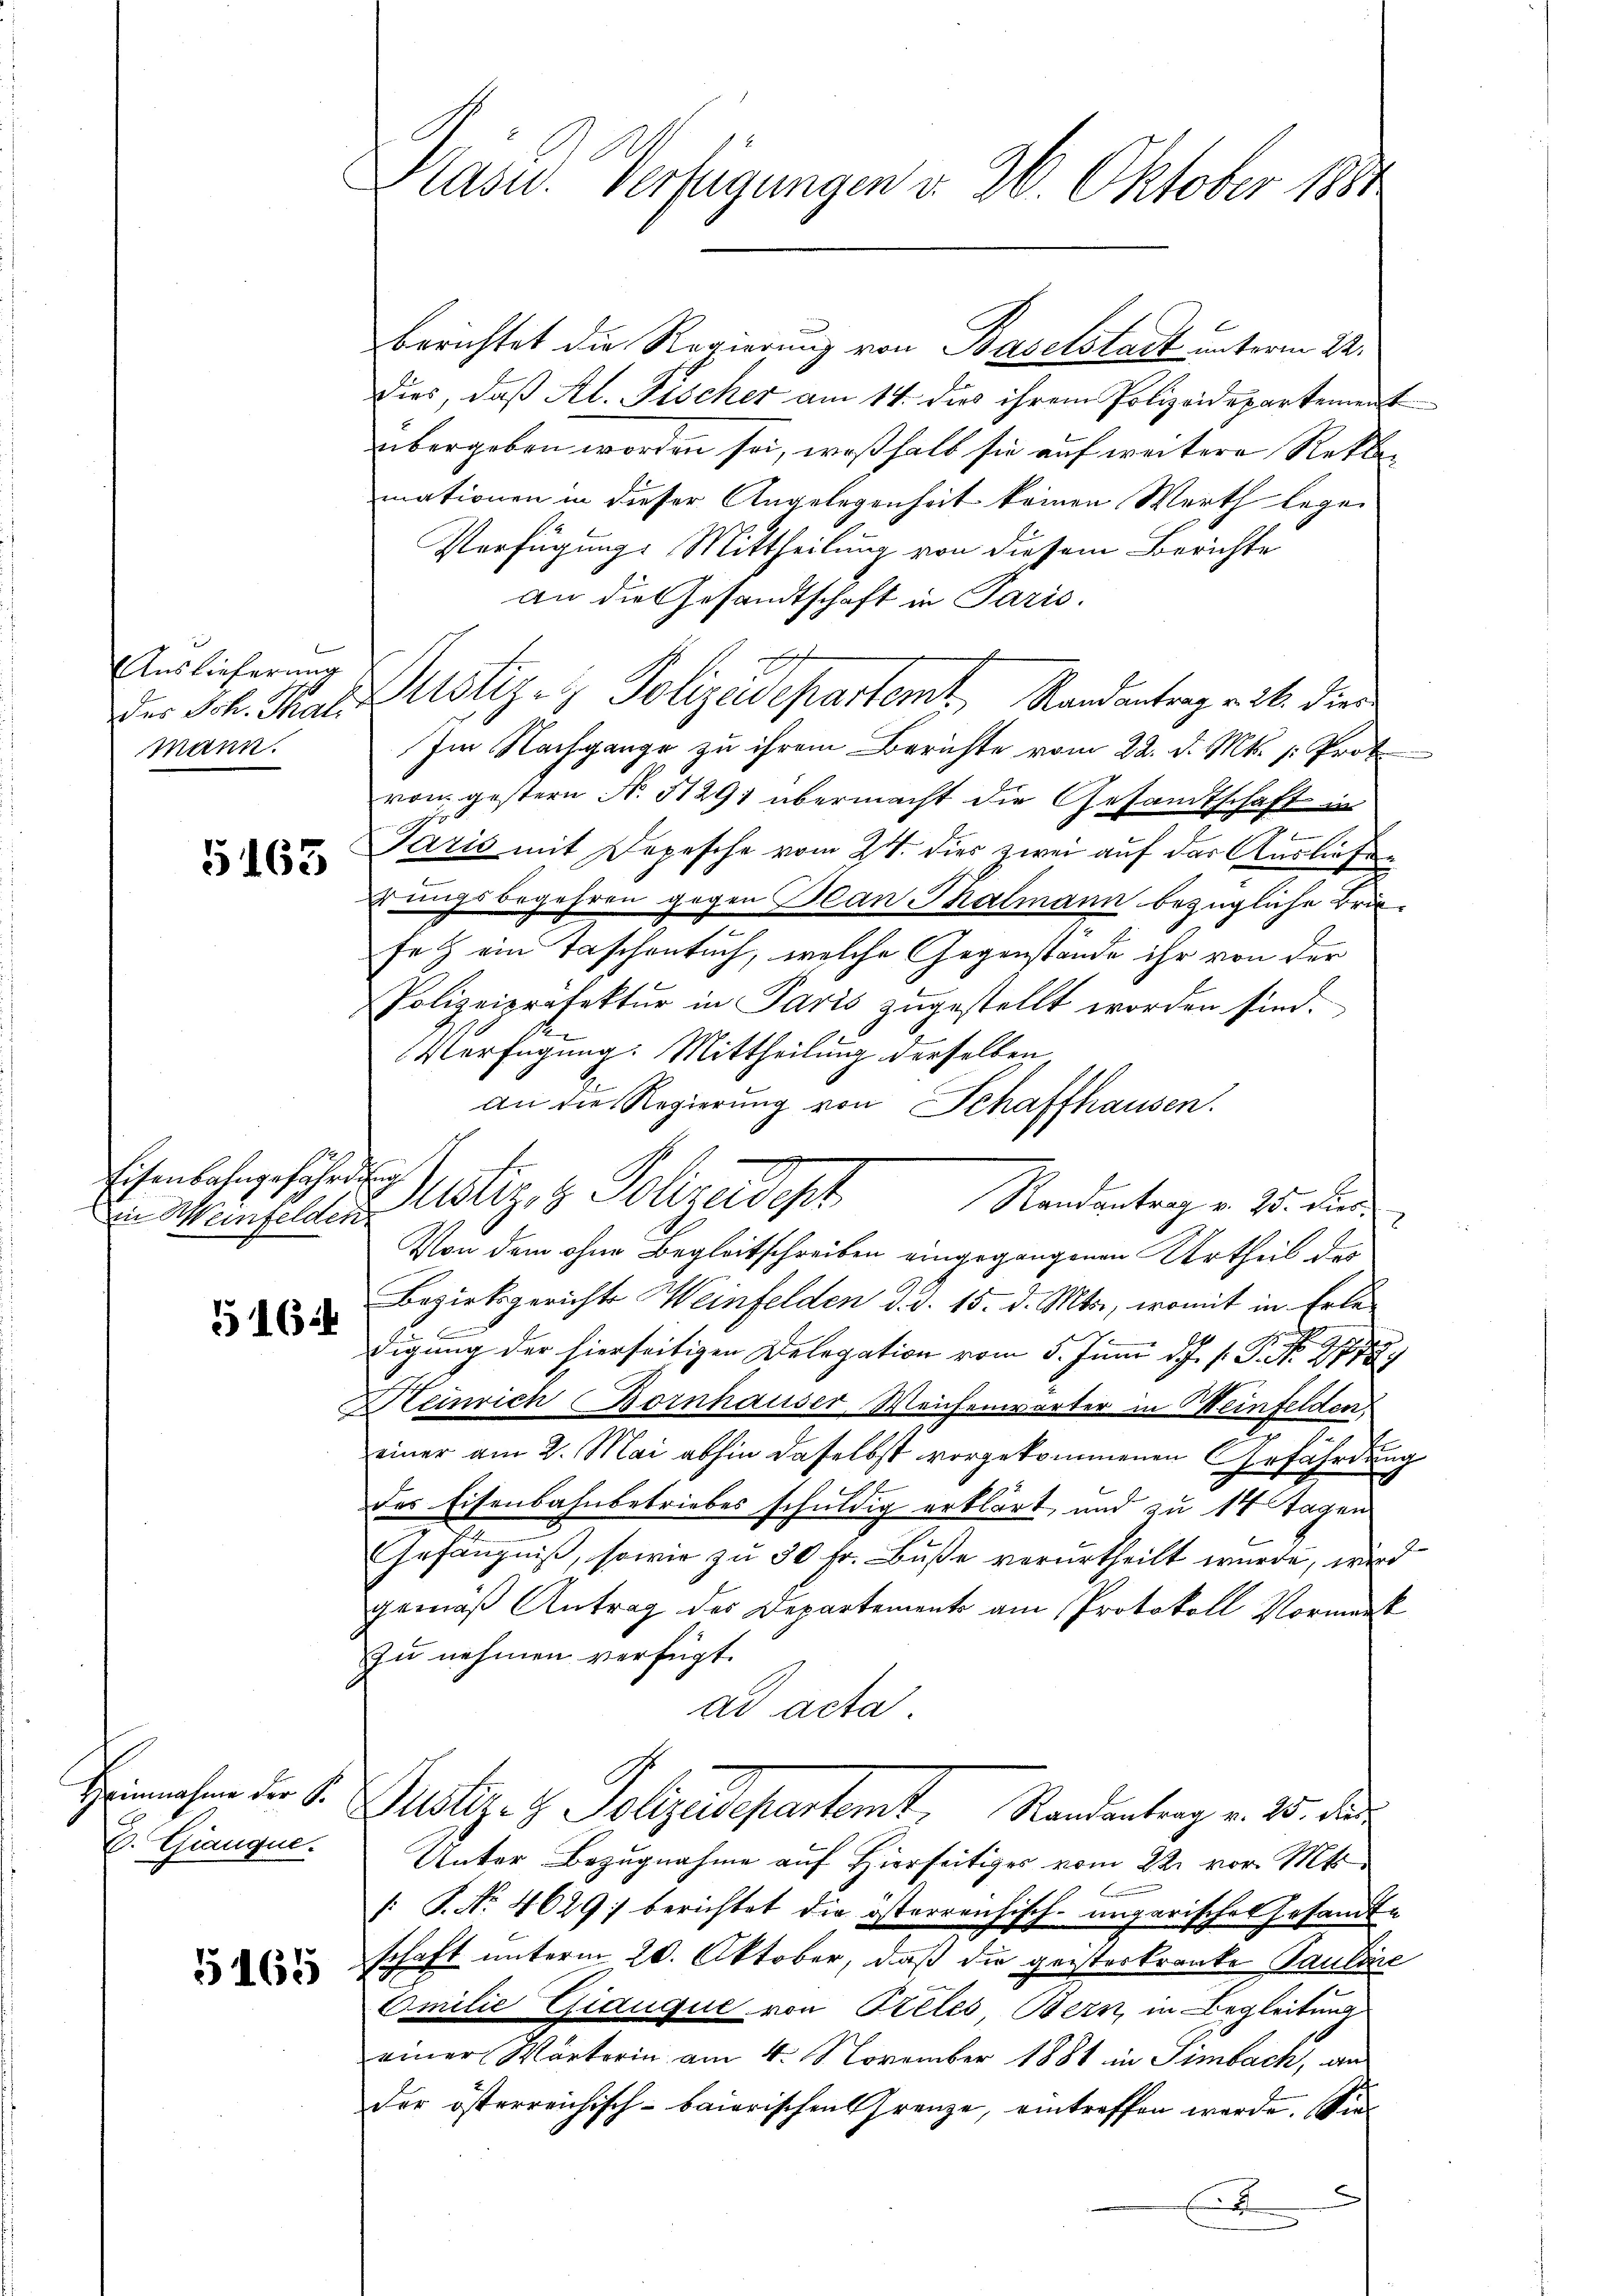
Auslieferung
des Joh. Thal
Mann.

5163

Eisenbahngefährdung

5164

C. Gianque.

5165

Kasu. Verfügungen d. 26. Oktober 1884

berichtet die Regierung von Baselstadt unterm 22.
dies, daß Al. Fischer am 14. dies ihrem Polizeidepartement
übergeben worden sei, weßhalb sie auf weitere Rekur-
mationen in dieser Angelegenheit keinen Werth legen
Verfügungs Mittheilung von diesem Berichte
an die Gesandtschaft in Paris.
e
Dustiz- & Polizeidepartemt, Randantrag v. 26. dies
Im Nachgange zu ihrem Berichte vom 22. d. Mts. p: Prot
von gestern N. 11291 übermacht die Gesandtschaft in
F.
g
Paris mit Depesche vom 24. dies zwei auf der Ausliefen
rrungsbegehren gegen Blan Thalmann bezügliche Brun
set ein Taschenbuch, welche Gegenstände ihr von der
Polizeipräsektur in Paris zugestellt worden sind.
Verfügung: Mittheilung derselben
an die Regierung von Schaffhausen.
Randantrag v. 25. dies
i Meinfelder Notiz & Polizeidept
Von dem ohne Begleitschreiben eingegangenen Urtheil des
e
Bezirksgerichts Weinfelden d. d. 15. d. Mts., womit in Erle
digung der hierseitigen Delegation vom 5. Juni d. J. s. S. 1
Heinrich Bornhauser Weichenwärter in Weinfelden
einer am 2. Mai abhin daselbst vorgekommenen Gefährdung
des Eisenbahnbetriebes schuldig erklärt, und zu 14 Tagen
Gefängniß, sowie zu 30 Fr. Buße verurtheilt wurde, wird
gemäß Antrag des Departements am Protokoll Vormenk
zu nehmen verfügt:
ad acta.
Heimachen der S. Plötiz- & Polizeidepartemt, Randantrag v. 25. des
Unter Bezugnahme auf Hierseitiger vom 22. vor. Mts.
: P. Nr. 4629; berichtet die österreichisch-ungarisches Gesandte
schaft unterm 20. Oktober, daß die geisterkranke Pauline
Omilie Giauque von Teles, Bern, in Begleitung
einer Wärterin am 4. November 1881 in Simbach, an
der österreichisch-baierischen Grenze, eintreffen werde. Sie
E